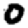
Digit: 0